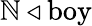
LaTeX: \mathbb{N}\triangleleft{\mathrm{{boy}}}